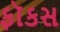
ફૉકસ